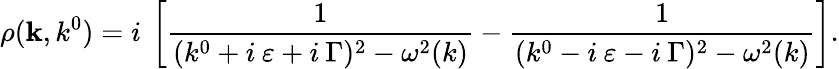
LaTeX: \rho({\mathbf k},k^{0})=i\: \left[\frac{1}{(k^{0}+i\: \varepsilon+i\: \Gamma)^{2}-\omega^{2}(k)}-\frac{1}{(k^{0}-i\: \varepsilon-i\: \Gamma)^{2}-\omega^{2}(k)}\right].